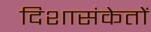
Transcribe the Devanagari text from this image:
दिशासंकेतों